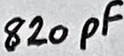
Text: 820pF